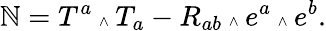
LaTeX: \mathbb{N}=T^{a}\mathrm{{\tiny~\wedge~}}T_{a}-R_{ab}\mathrm{{\tiny~\wedge~}}e^{a}\mathrm{{\tiny~\wedge~}}e^{b}.